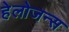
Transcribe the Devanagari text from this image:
हेलोजन्स